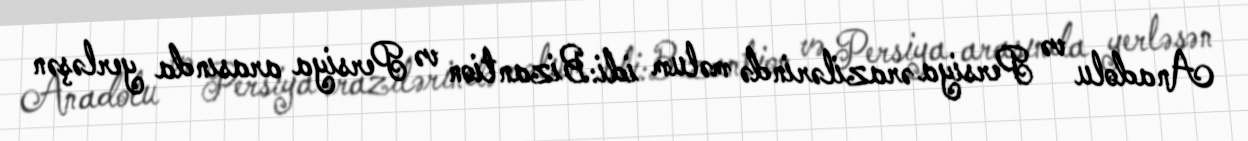
Anadolu və Persiya ərazilərində məlum idi:Bizantion və Persiya arasında yerləşən